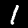
Label: 1